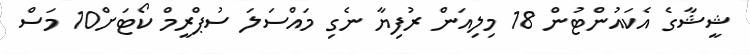
ޝީޝާގެ އެކައުންޓުން 18 މިލިއަން ރުފިޔާ ނެގި މައްސަލަ ސުޕްރީމް ކޯޓަށް10 މަސް